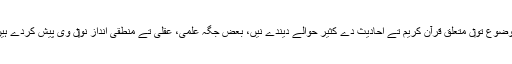
موضوع تو‏ں متعلق قرآن کریم تے احادیث دے کثیر حوالے دیندے نيں، بعض جگہ علمی، عقلی تے منطقی انداز نو‏‏ں وی پیش کردے ہيں۔